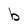
Character: b